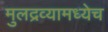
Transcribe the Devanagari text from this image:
मुलद्रव्यामध्येच